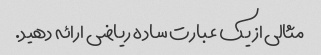
مثالی از یک عبارت ساده ریاضی ارائه دهید.